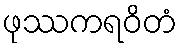
ဖုဿကရဝိတံ